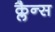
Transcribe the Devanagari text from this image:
क्लैन्स